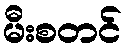
မီးစတင်